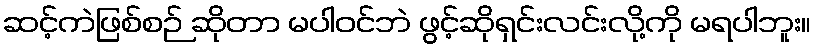
ဆင့်ကဲဖြစ်စဉ် ဆိုတာ မပါဝင်ဘဲ ဖွင့်ဆိုရှင်းလင်းလို့ကို မရပါဘူး။